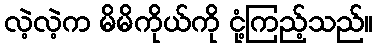
လဲ့လဲ့က မိမိကိုယ်ကို ငုံ့ကြည့်သည်။